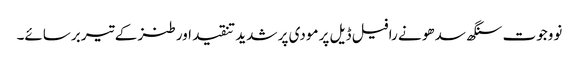
نووجوت سنگھ سدھو نے رافیل ڈیل پر مودی پر شدید تنقید اور طنز کے تیر برسائے۔